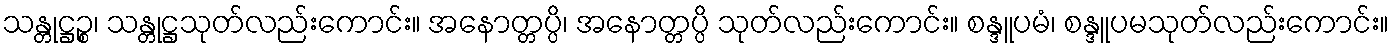
သန္တုဋ္ဌဉ္စ၊ သန္တုဋ္ဌသုတ်လည်းကောင်း။ အနောတ္တပ္ပိ၊ အနောတ္တပ္ပိ သုတ်လည်းကောင်း။ စန္ဒူပမံ၊ စန္ဒူပမသုတ်လည်းကောင်း။